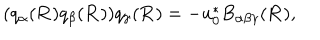
( q _ { \alpha } ( { \bf R } ) q _ { \beta } ( { \bf R } ) ) q _ { \gamma } ( { \bf R } ) = - u _ { 0 } ^ { * } B _ { \alpha \beta \gamma } ( { \bf R } ) ,